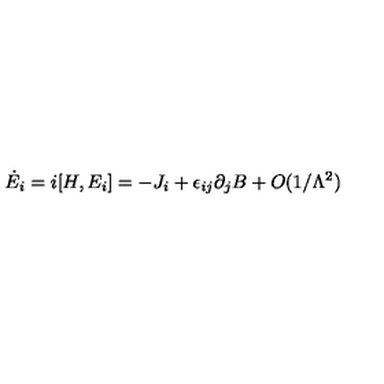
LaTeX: \dot { E } _ { i } = i [ H , E _ { i } ] = - J _ { i } + \epsilon _ { i j } \partial _ { j } B + O ( 1 / \Lambda ^ { 2 } )